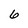
Character: 6